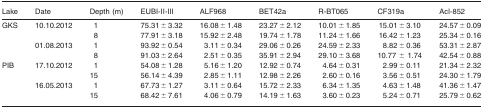
<table><thead><tr><td><b>Lake</b></td><td><b>Date</b></td><td><b>Depth (m)</b></td><td><b>EUBI‐II‐III</b></td><td><b>ALF968</b></td><td><b>BET42a</b></td><td><b>R‐BT065</b></td><td><b>CF319a</b></td><td><b>AcI‐852</b></td></tr></thead><tbody><tr><td>GKS</td><td>10.10.2012</td><td>1</td><td>75.31 ± 3.32</td><td>16.08 ± 1.48</td><td>23.27 ± 2.12</td><td>10.01 ± 1.85</td><td>15.01 ± 3.10</td><td>24.57 ± 0.09</td></tr><tr><td></td><td></td><td>8</td><td>77.91 ± 3.18</td><td>15.92 ± 2.48</td><td>19.74 ± 1.78</td><td>11.24 ± 1.66</td><td>16.42 ± 1.23</td><td>25.34 ± 0.16</td></tr><tr><td></td><td>01.08.2013</td><td>1</td><td>93.92 ± 0.54</td><td>3.11 ± 0.34</td><td>29.06 ± 0.26</td><td>24.59 ± 2.33</td><td>8.82 ± 0.36</td><td>53.31 ± 2.87</td></tr><tr><td></td><td></td><td>8</td><td>91.03 ± 2.64</td><td>2.51 ± 0.35</td><td>35.91 ± 2.94</td><td>29.10 ± 3.68</td><td>10.77 ± 1.74</td><td>42.54 ± 0.88</td></tr><tr><td>PIB</td><td>17.10.2012</td><td>1</td><td>54.08 ± 1.28</td><td>5.16 ± 1.20</td><td>12.92 ± 0.74</td><td>4.64 ± 0.31</td><td>2.99 ± 0.11</td><td>21.34 ± 2.32</td></tr><tr><td></td><td></td><td>15</td><td>56.14 ± 4.39</td><td>2.85 ± 1.11</td><td>12.98 ± 2.26</td><td>2.60 ± 0.16</td><td>3.56 ± 0.51</td><td>24.30 ± 1.79</td></tr><tr><td></td><td>16.05.2013</td><td>1</td><td>67.73 ± 1.27</td><td>3.11 ± 0.64</td><td>15.72 ± 2.33</td><td>6.34 ± 1.35</td><td>4.63 ± 1.48</td><td>41.36 ± 1.47</td></tr><tr><td></td><td></td><td>15</td><td>68.42 ± 7.61</td><td>4.06 ± 0.79</td><td>14.19 ± 1.63</td><td>3.60 ± 0.23</td><td>5.24 ± 0.71</td><td>25.79 ± 0.62</td></tr></tbody></table>